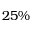
2 5 \%